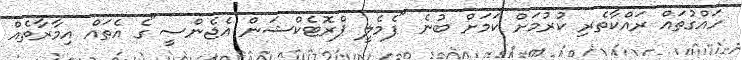
ހައްގުތައް ރައްކާތެރި ކުރުމަށް ކަމަށް ބުނެ "ފެމެލީ ޕްރޮޓެކްޝަން އެޖެންސީ"ގެ އެތައް އިމާރާތެއް